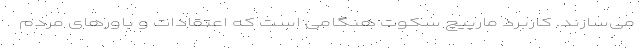
می‌سازند. کاربرد مارپیچ سکوت هنگامی است که اعتقادات و باورهای مردم